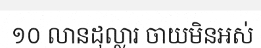
១០ លានដុល្លារ ចាយមិនអស់